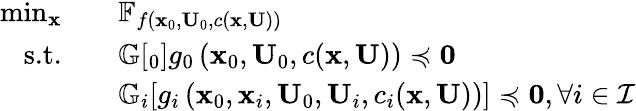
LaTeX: \begin{array}{rl}{\operatorname*{min}_{\mathbf{x}}\quad}&{\mathbb{F}_{f\left(\mathbf{x}_{0},\mathbf{U}_{0},c(\mathbf{x},\mathbf{U})\right)}}\\ {\textrm{s.t.}\quad}&{\mathbb{G}\! \left[_0\right]{g_{0}\left(\mathbf{x}_{0},\mathbf{U}_{0},c(\mathbf{x},\mathbf{U})\right)}\preccurlyeq\mathbf{0}}\\ &{\mathbb{G}_{i}\! \left[g_{i}\left(\mathbf{x}_{0},\mathbf{x}_{i},\mathbf{U}_{0},\mathbf{U}_{i},c_{i}(\mathbf{x},\mathbf{U})\right)\right]\preccurlyeq\mathbf{0},\forall i\in\mathcal{I}}\end{array}